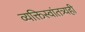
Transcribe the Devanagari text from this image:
व्यक्तिस्वांतत्र्यही